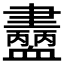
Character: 𧗚